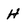
Character: H